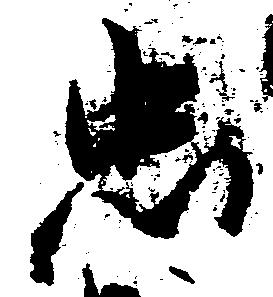
忠